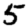
Digit: 5